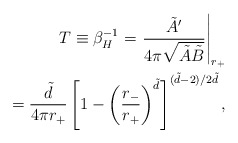
\begin{align*}T \equiv \beta _H^{-1}=\left.\frac{\tilde{A}'}{4\pi\sqrt{\tilde{A}\tilde{B}}}\right |_{r_+}\\=\frac{\tilde{d}}{4\pi r_+}\left[1-\left(\frac{r_-}{r_+}\right)^{\tilde{d}}\right]^{(\tilde{d}-2)/2\tilde{d}},\end{align*}